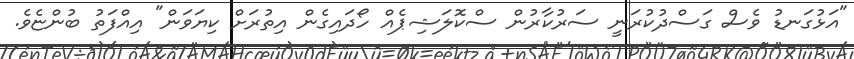
"އަޅުގަނޑު ވެސް ގަސްދުކުރަނީ ސަރުކާރުން ސްކޮލަޝިޕެއް ހޯދައިގެން އިތުރަށް ކިޔަވަން" އިއްފަތު ބުންޏެވެ.